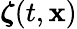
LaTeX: \boldsymbol{\zeta}(t,\mathbf x)